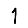
Digit: 1